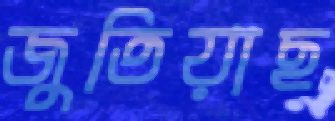
জুতিয়াছ